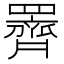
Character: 䍤